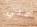
علي